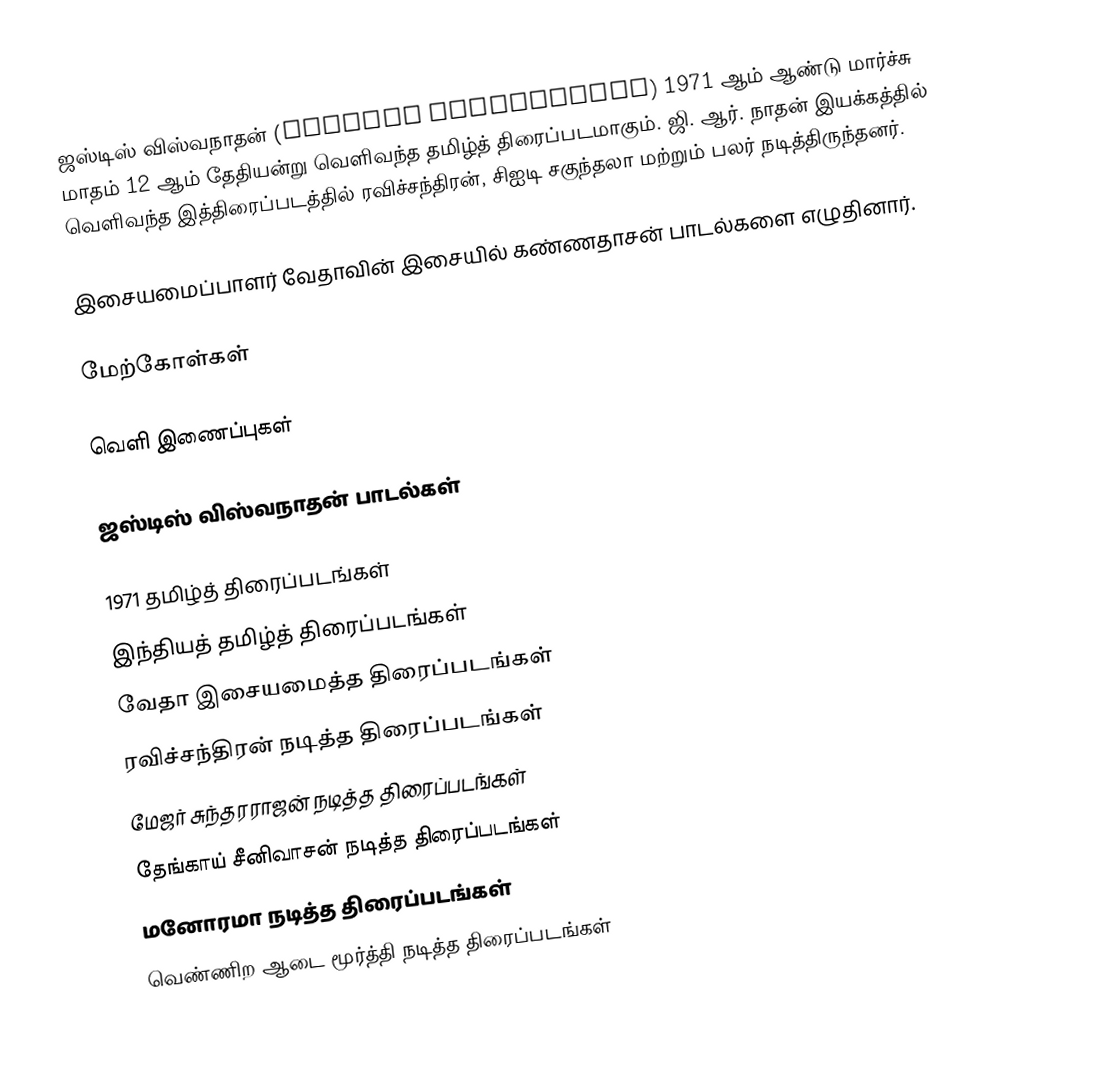
ஜஸ்டிஸ் விஸ்வநாதன் (Justice Viswanathan) 1971 ஆம் ஆண்டு மார்ச்சு மாதம் 12 ஆம் தேதியன்று வெளிவந்த தமிழ்த் திரைப்படமாகும். ஜி. ஆர். நாதன் இயக்கத்தில் வெளிவந்த இத்திரைப்படத்தில் ரவிச்சந்திரன், சிஐடி சகுந்தலா மற்றும் பலர் நடித்திருந்தனர்.

இசையமைப்பாளர் வேதாவின் இசையில் கண்ணதாசன் பாடல்களை எழுதினார்.

மேற்கோள்கள்

வெளி இணைப்புகள்

 ஜஸ்டிஸ் விஸ்வநாதன் பாடல்கள்

1971 தமிழ்த் திரைப்படங்கள்
இந்தியத் தமிழ்த் திரைப்படங்கள்
வேதா இசையமைத்த திரைப்படங்கள்
ரவிச்சந்திரன் நடித்த திரைப்படங்கள்
மேஜர் சுந்தரராஜன் நடித்த திரைப்படங்கள்
தேங்காய் சீனிவாசன் நடித்த திரைப்படங்கள்
மனோரமா நடித்த திரைப்படங்கள்
வெண்ணிற ஆடை மூர்த்தி நடித்த திரைப்படங்கள்